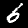
Label: 6